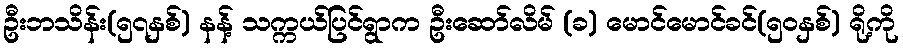
ဦးဘသိန်း(၅၇နှစ်) နန့် သက္ကယ်ပြင်ရွာက ဦးဆော်လိမ် (ခ) မောင်မောင်ခင်(၅၀နှစ်) ရို့ကို